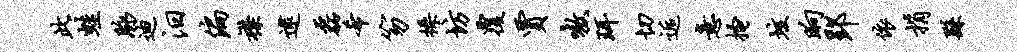
此蛙脉迪汨偏襟逮磊希笏操坊覆贾嗷珥切逅意搔垓晌郢依捐繇